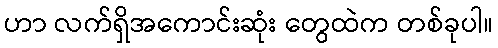
ဟာ လက်ရှိအကောင်းဆုံး တွေထဲက တစ်ခုပါ။